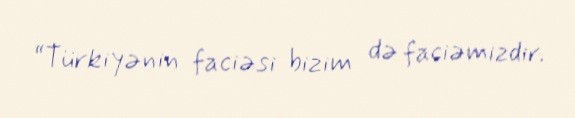
“Türkiyənin faciəsi bizim də faciəmizdir.